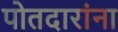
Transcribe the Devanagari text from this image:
पोतदारांना